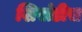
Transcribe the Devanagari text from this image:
शिखंडीस